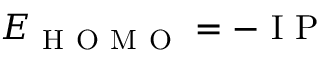
E _ { \mathrm { ~ H ~ O ~ M ~ O ~ } } = - \mathrm { ~ I ~ P ~ }